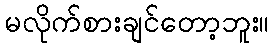
မလိုက်စားချင်တော့ဘူး။